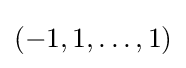
(-1,1,\dots ,1)